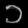
Digit: ၁